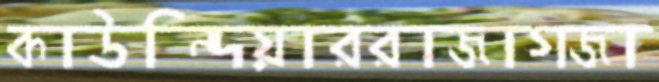
কাউন্দিয়াররাজাগজা